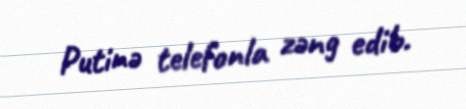
Putinə telefonla zəng edib.